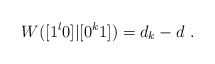
\begin{align*}W([1^l0]|[0^k1]) = d_k - d \ .\end{align*}